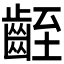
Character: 𪗻